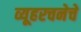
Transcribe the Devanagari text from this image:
व्यूहरचनेचे